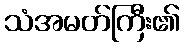
သံအမတ်ကြီး၏